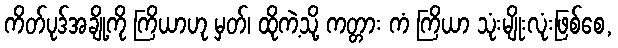
ကိတ်ပုဒ်အချို့ကို ကြိယာဟု မှတ်၊ ထိုကဲ့သို့ ကတ္တား ကံ ကြိယာ သုံးမျိုးလုံးဖြစ်စေ,